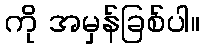
ကို အမှန်ခြစ်ပါ။